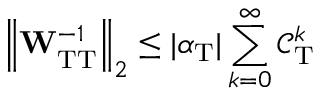
\left\Vert \mathbf { W } _ { \mathrm { T T } } ^ { - 1 } \right\Vert _ { 2 } \leq | \alpha _ { \mathrm { T } } | \sum _ { k = 0 } ^ { \infty } \mathcal { C _ { \mathrm { T } } } ^ { k }